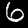
Digit: 6